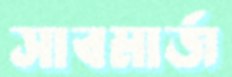
সাবমার্জ